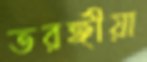
তরঙ্গীয়া